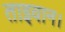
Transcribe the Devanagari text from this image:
ताइवान।